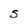
Character: s